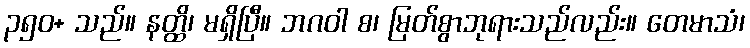
၃၅၀+ သည်။ နတ္ထိ၊ မရှိပြီ။ ဘဂဝါ စ၊ မြတ်စွာဘုရားသည်လည်း။ တေမာသံ၊